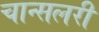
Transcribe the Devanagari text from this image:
चान्सलरी